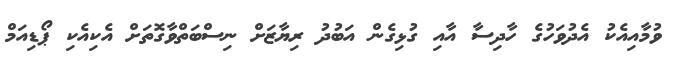
ވުމާއިއެކު އެދުވަހުގެ ހާދިސާ އާއި ގުޅިގެން އަބުދު ރިޔާޒަށް ނިސްބަތްވާގޮތަށް އެކިއެކި ޕޯޑިއަމް